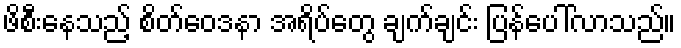
ဖိစီးနေသည့် စိတ်ဝေဒနာ အရိပ်တွေ ချက်ချင်း ပြန်ပေါ်လာသည်။